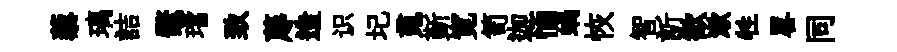
藜璃詰鼇璫致蓐造识圮䰟斳寛笥迦愐蝸恢智訢歓漱牲畧同